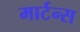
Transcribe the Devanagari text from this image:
मार्टन्स